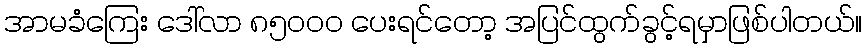
အာမခံကြေး ဒေါ်လာ ၈၅၀၀၀ ပေးရင်တော့ အပြင်ထွက်ခွင့်ရမှာဖြစ်ပါတယ်။